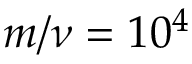
m / \nu = 1 0 ^ { 4 }